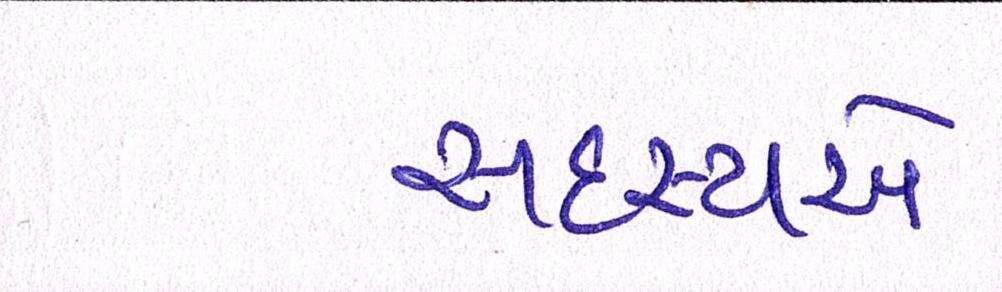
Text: સદસ્યએ